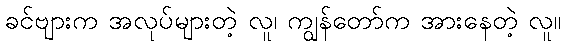
ခင်ဗျားက အလုပ်များတဲ့ လူ၊ ကျွန်တော်က အားနေတဲ့ လူ။